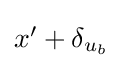
{\textstyle x^{\prime }+\delta _{u_{b}}}